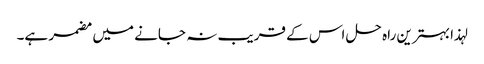
لہذا بہترین راہ حل اس کے قریب نہ جانے میں مضمر ہے۔